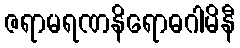
ဇရာမရဏနိရောဓဂါမိနီ